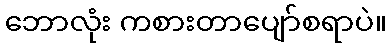
ဘောလုံး ကစားတာပျော်စရာပဲ။